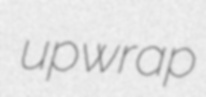
upwrap